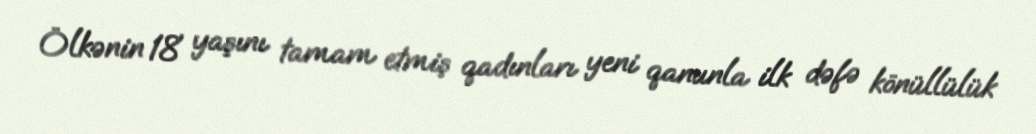
Ölkənin 18 yaşını tamam etmiş qadınları yeni qanunla ilk dəfə könüllülük